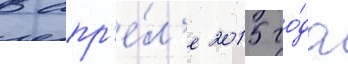
В апр'е́л'е 2015 го́да